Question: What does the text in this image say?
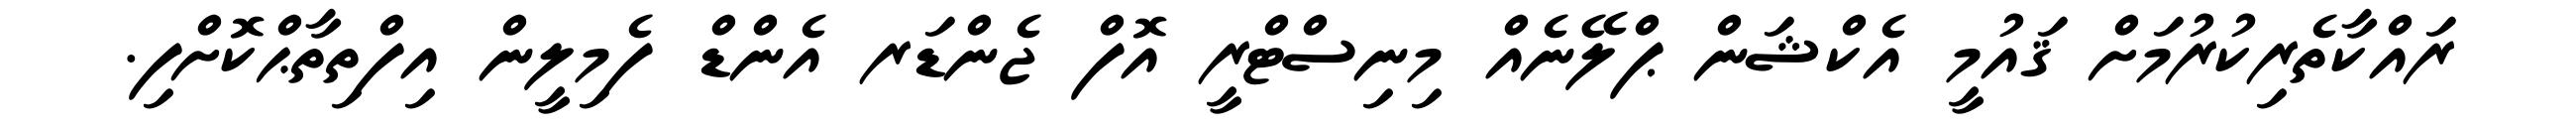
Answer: ރައްކާތެރިކުރުމަށް ޤައުމީ އެކްޝަން ޕްލޭނެއް މިނިސްޓްރީ އޮފް ޖެންޑަރ އެންޑް ފެމިލީން އިފްތިތާޙްކޮށްފި.